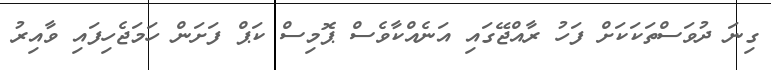
ގިނަ ދުވަސްތަކަކަށް ފަހު ރާއްޖޭގައި އަނެއްކާވެސް ޕޮމިސް ކަޕް ފަށަން ހަމަޖެހިފައި ވާއިރު